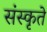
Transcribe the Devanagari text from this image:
संस्कृते